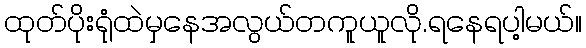
ထုတ်ပိုးရုံထဲမှနေအလွယ်တကူယူလို.ရနေရပါ့မယ်။